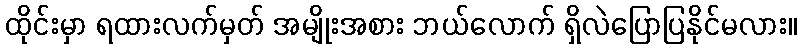
ထိုင်းမှာ ရထားလက်မှတ် အမျိုးအစား ဘယ်လောက် ရှိလဲပြောပြနိုင်မလား။